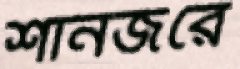
শানজরে